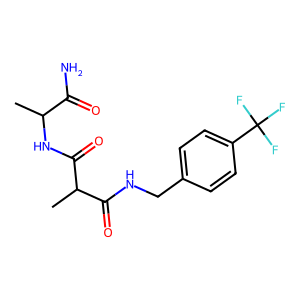
SMILES: CC(NC(=O)C(C)C(=O)NCc1ccc(C(F)(F)F)cc1)C(N)=O
Inhibits HIV replication: No